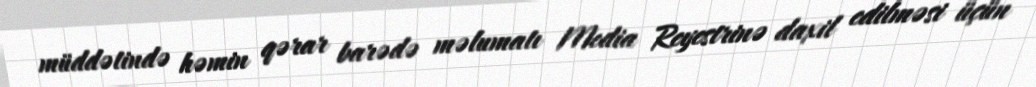
müddətində həmin qərar barədə məlumatı Media Reyestrinə daxil edilməsi üçün